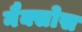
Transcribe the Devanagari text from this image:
नैक्सोस